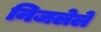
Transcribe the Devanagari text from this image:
निजलेले